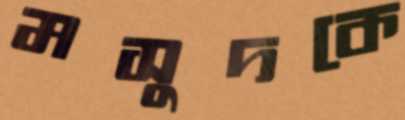
মসুদকে